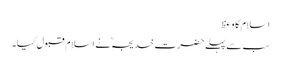
اسلام کا وعظ
سب سے پہلے حضرت خدیجہؓ نے اسلام قبول کیا۔